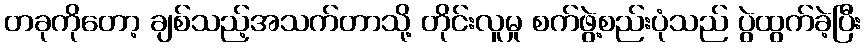
တခုကိုတော့ ချစ်သည့်အသက်တာသို့ တိုင်းလူမှု စက်ဖွဲ့စည်းပုံသည် ပွဲထွက်ခဲ့ပြီး